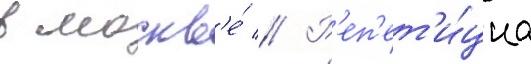
в москв'е́ // Р'еп'ет'и́циа